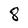
Character: 8